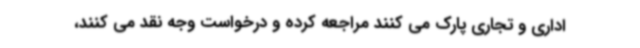
اداری و تجاری پارک می کنند مراجعه کرده و درخواست وجه نقد می کنند،